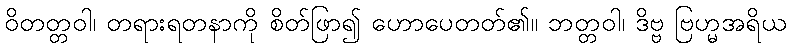
ဝိတတ္တဝါ၊ တရားရတနာကို စိတ်ဖြာ၍ ဟောပေတတ်၏။ ဘတ္တဝါ၊ ဒိဗ္ဗ ဗြဟ္မအရိယ